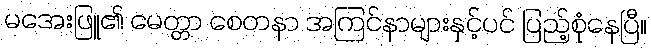
မအေးဖြူ၏ မေတ္တာ စေတနာ အကြင်နာများနှင့်ပင် ပြည့်စုံနေပြီ။